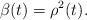
LaTeX: \begin{align*} \beta(t)=\rho^2(t).\end{align*}